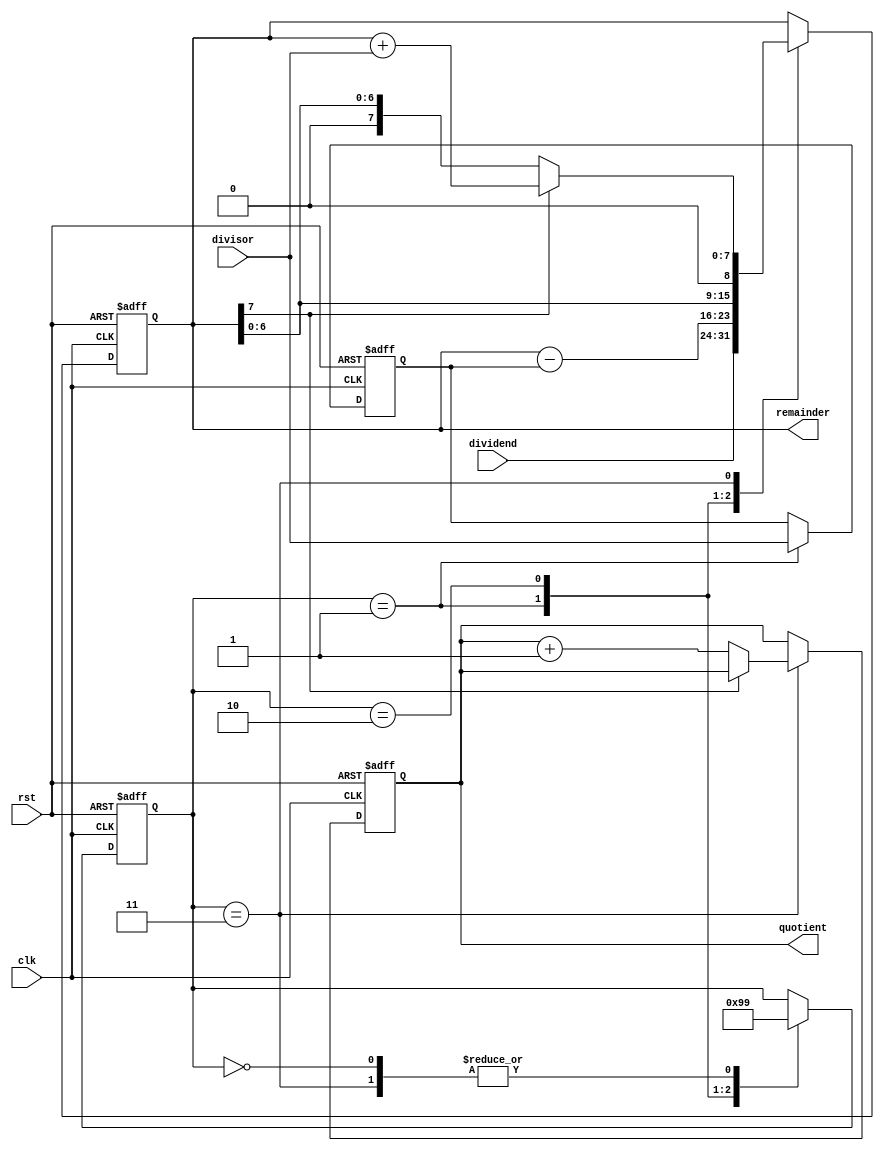
module non_restoring_divider(
    input wire clk,
    input wire rst,
    input wire [7:0] dividend,
    input wire [7:0] divisor,
    output reg [7:0] quotient,
    output reg [7:0] remainder
);

// Declare registers
reg [7:0] dividend_reg;
reg [7:0] remainder_reg;
reg [7:0] quotient_reg;
reg [7:0] subtractor;
reg [2:0] state;

// State definitions
parameter INIT = 3'b000;
parameter SUBTRACT = 3'b001;
parameter SHIFT_LEFT = 3'b010;
parameter ADJUST_QUOTIENT = 3'b011;

always @(posedge clk or posedge rst) begin
    if(rst) begin
        // Reset registers
        dividend_reg <= 8'b0;
        remainder_reg <= 8'b0;
        quotient_reg <= 8'b0;
        subtractor <= 8'b0;
        state <= INIT;
    end else begin
        // State machine
        case(state)
            INIT: begin
                // Initialize dividend register and remainder register
                dividend_reg <= dividend;
                remainder_reg <= dividend;
                state <= SUBTRACT;
            end
            SUBTRACT: begin
                // Subtract divisor from remainder
                subtractor <= divisor;
                remainder_reg <= remainder_reg - subtractor;
                state <= SHIFT_LEFT;
            end
            SHIFT_LEFT: begin
                // Shift remainder left
                remainder_reg <= remainder_reg << 1;
                state <= ADJUST_QUOTIENT;
            end
            ADJUST_QUOTIENT: begin
                // Adjust quotient if remainder is negative
                if(remainder_reg[7] == 1) begin
                    remainder_reg <= remainder_reg + divisor;
                end else begin
                    quotient_reg <= quotient_reg + 1;
                end
                state <= SUBTRACT;
            end
        endcase
    end
end

// Assign outputs
assign quotient = quotient_reg;
assign remainder = remainder_reg;

endmodule